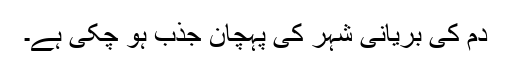
دم کی بریانی شہر کی پہچان جذب ہو چکی ہے۔